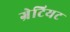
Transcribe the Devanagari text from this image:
ग्रेटियट